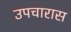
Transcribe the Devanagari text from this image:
उपचारास